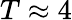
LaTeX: T\approx 4